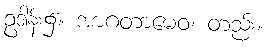
ဥဒါန်း၌။ အာဂတာမေဝ၊ တည်း။